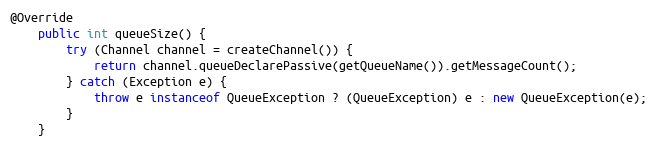
Language: Java
@Override
    public int queueSize() {
        try (Channel channel = createChannel()) {
            return channel.queueDeclarePassive(getQueueName()).getMessageCount();
        } catch (Exception e) {
            throw e instanceof QueueException ? (QueueException) e : new QueueException(e);
        }
    }